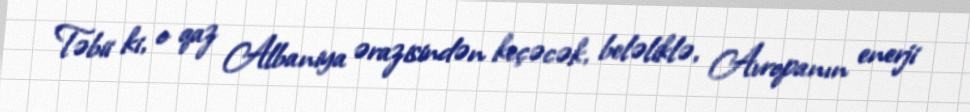
Təbii ki, o qaz Albaniya ərazisindən keçəcək, beləliklə, Avropanın enerji